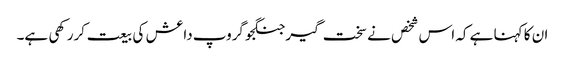
ان کا کہنا ہے کہ اس شخص نے سخت گیر جنگجو گروپ داعش کی بیعت کررکھی ہے۔